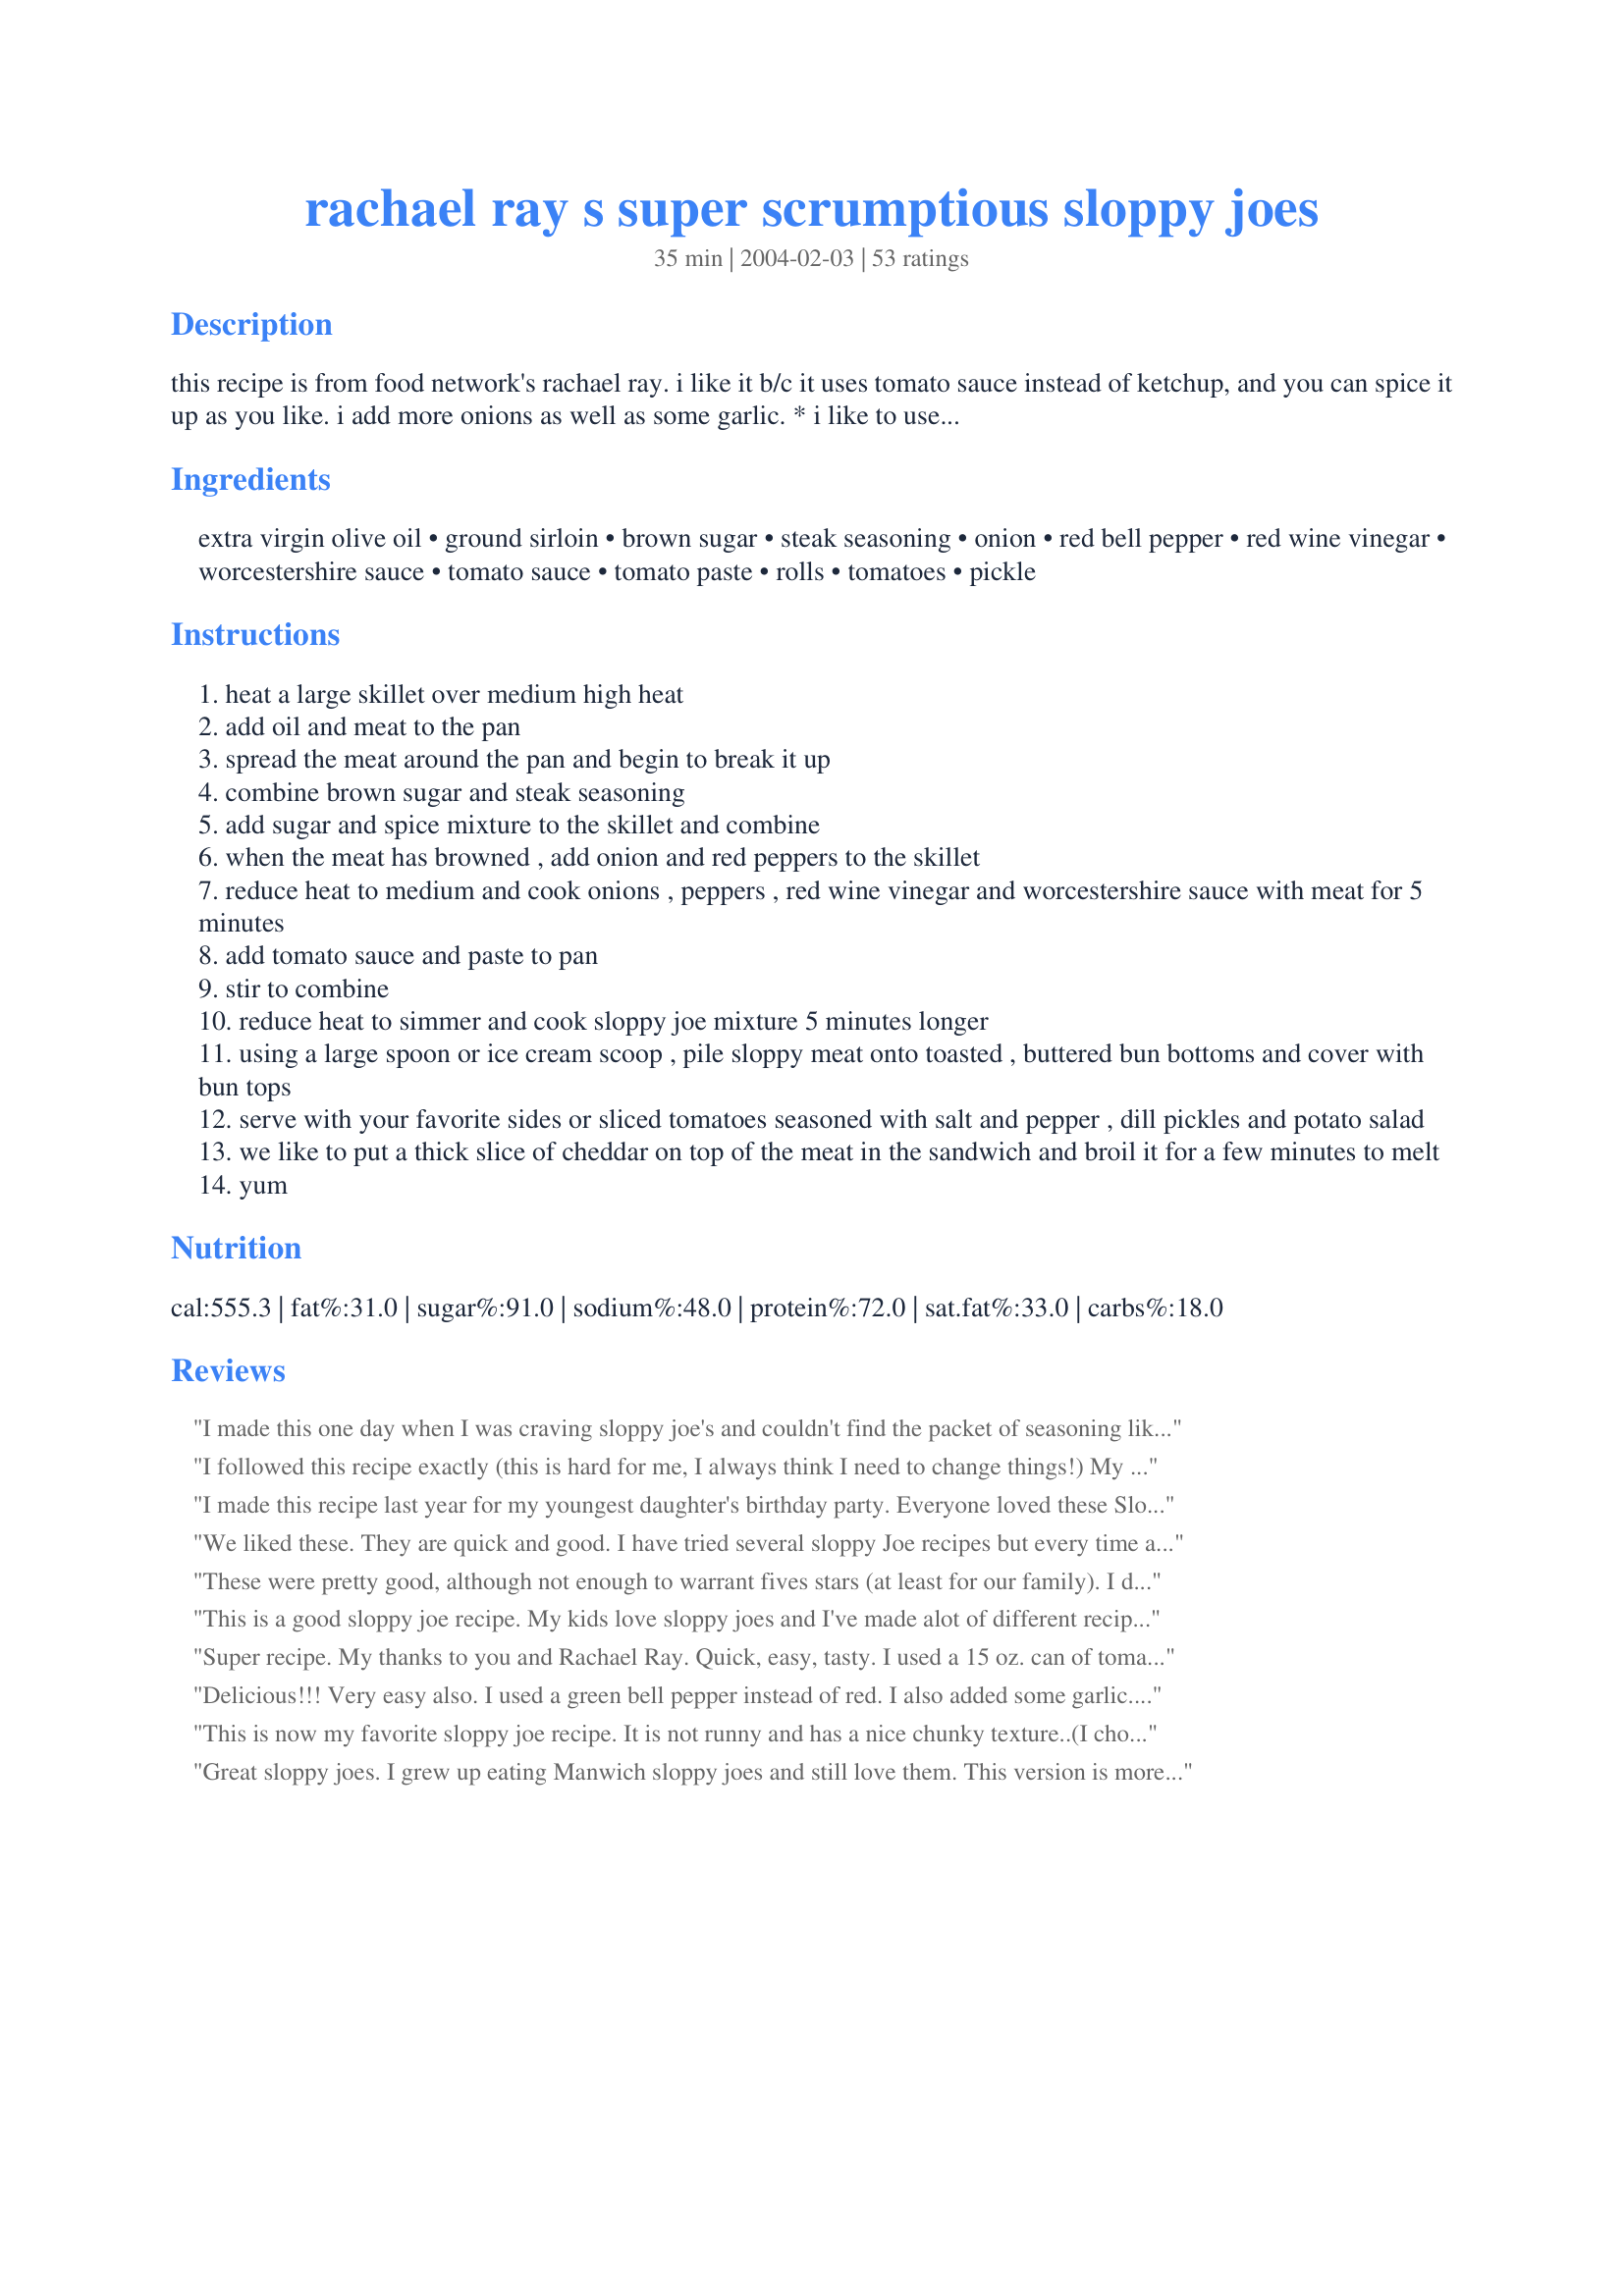
rachael ray s super scrumptious sloppy joes
Preparation time: 35 minutes

this recipe is from food network's rachael ray. i like it b/c it uses tomato sauce instead of ketchup, and you can spice it up as you like. i add more onions as well as some garlic. * i like to use a little less brown sugar, as we like ours spicier rather than sweet.

Ingredients:
extra virgin olive oil, ground sirloin, brown sugar, steak seasoning, onion, red bell pepper, red wine vinegar, worcestershire sauce, tomato sauce, tomato paste, rolls, tomatoes, pickle

Steps:
heat a large skillet over medium high heat
add oil and meat to the pan
spread the meat around the pan and begin to break it up
combine brown sugar and steak seasoning
add sugar and spice mixture to the skillet and combine
when the meat has browned , add onion and red peppers to the skillet
reduce heat to medium and cook onions , peppers , red wine vinegar and worcestershire sauce with meat for 5 minutes
add tomato sauce and paste to pan
stir to combine
reduce heat to simmer and cook sloppy joe mixture 5 minutes longer
using a large spoon or ice cream scoop , pile sloppy meat onto toasted , buttered bun bottoms and cover with bun tops
serve with your favorite sides or sliced tomatoes seasoned with salt and pepper , dill pickles and potato salad
we like to put a thick slice of cheddar on top of the meat in the sandwich and broil it for a few minutes to melt
yum

Reviews:
I made this one day when I was craving sloppy joe's and couldn't find the packet of seasoning like my mother used to use. <br/>We loved this so much, I'll never use the packet again!
I followed this recipe exactly (this is hard for me, I always think I need to change things!) My husband & I both really liked this & my daughter had the leftovers when she showed up for a visit. She asked for the recipe so she liked it too. I am not a big sloppy joes fan, but this was great!
I made this recipe last year for my youngest daughter's birthday party. Everyone loved these Sloppy Joes! Many said they were the best they've ever had! I'm glad this was posted, so I can now add it to my cookbook. I'd almost forgotten about it. Great recipe!!
We liked these. They are quick and good. I have tried several sloppy Joe recipes but every time at least one in our family didn't like something-but this recipe pleased everyone. No one was rolling on the floor because they just couldn't believe the goodness but everyone found them good enough to qualify as my go to sloppy joe.
These were pretty good, although not enough to warrant fives stars (at least for our family). I don't ever remember my mom's (or any other recipe) sloppy joes being sweet. I thought the this recipe was a bit different with the brown sugar and wanted to try it. We thought they were TOO sweet and I even used about a 1.30 lbs. of ground beef instead of the 1 lb. so it would have been even sweeter. I had a jar of the McCormick steak seasoning, although it wasn't Montreal. I had never even opened it (don't remember why I bought it!). I didn't really have a clue as to what the ingredients were in it either...didn't know there was hot peper in it! We like hot pepper in certain things, but not in sloppy joes! It was *okay*, but I probably wouldn't add it next time. I think with a little tweaking, I might make these again.
This is a good sloppy joe recipe. My kids love sloppy joes and I've made alot of different recipes and this one rates right up there with the best. I made this in the camper on vacation and they were very easy to put together, which is a plus in my books. Thank you for posting.
Super recipe. My thanks to you and Rachael Ray. Quick, easy, tasty. I used a 15 oz. can of tomato sauce; it worked fine. I've been looking for a no-ketchup recipe for sloppy joes for a long time. This is it!
Delicious!!! Very easy also. I used a green bell pepper instead of red. I also added some garlic. This will be a keeper for me!
This is now my favorite sloppy joe recipe. It is not runny and has a nice chunky texture..(I chopped the red pepper and onion in a medium dice). Sloppy joes should be slightly sweet in my opinion & this fills the bill. I put some grated cheddar on top and place under the broiler for a bit. I used Famous Daves Steak & Fajita seasoning. Terrific!!!







Great sloppy joes. I grew up eating Manwich sloppy joes and still love them. This version is more adult with a nice chunky texture. I used the full amount of brown sugar and the sweetness was just right for my taste. I also threw in a couple of garlic cloves when the meat was browning. This comes together very easily and can be done on a busy week night. Thanks, newspapergal, for posting a great recipe.
This is one of the best sloppy joes I made. DH really liked this one. :) We had it with monterey jack cheese, mustard, relish, hot peppers in a jar. Really good. Thanks newspapergal :) Made for I Recommend tag game
Very good and very easy evening meal.
I am going to give this four stars because I think it is very good, but not outstanding. I would make it again. I did add extra brown sugar and winged the spices since I didn't have a steak mix. I don't think you need the olive oil unless you have incredibly lean meat. I am NOT a big sloppy joe person at all, but I did like this in small amounts. My hubster loved it, so it must be good.
This was very good! I didn't have tomato sauce so I used pureed tomatoes instead. I cut down on the sugar and we thought it was a great balance of sweet and spicy. I toasted French bread and served them open faced. What an easy, delicious meal!
I like my sloppy joes to be alittle sweeter so I added quite a bit of BBQ sauce.
Fantastic recipe!! I've made this vegetarian with veggie &quot;beef&quot; crumbles and even the meat eaters loved it!!
This recipe was really good! Very quick and had great flavor! We toasted hamburger rolls and served open face sandwiches...next time might try adding some cheese! But these were very good!
this is the ONLY way my family will eat sloppy joes. much better then that canned stuff
Very good! I used a leaner ground turkey and it still tastes great. I added a bit more of the steak seasoning, but that might be a personal preference.
I have this in a 30 minute meal cookbook from RR and it replaced the way I used to make sloppy joes. Super tasty and a big hit with my family!
Fabulous!!! I can't cook and this came out GREAT!! My husband thought it was a little too sweet (thats why its 4stars instead of 5). I definately will make again. Maybe add a little less b.sugar.
I love this recipe with a few changes...I had used this before out of the Rachel Ray coookbook and I made the following changes:
Left out bell pepper, used the whole can of tomato paste, 1 can of tomato sauce and 1 cup of water, use 3 T vinegar, onion powder, garlic powder, chili powder, salt, pepper, smokey paprika, and cumin to taste. And finally I used about 2 1/2 lbs of ground beef. Makes wonderful leftovers!!
Great recipe. definitely a keeper.
This was a pretty excellent recipe! You're right, the sugar content would have been too much if it were higher than 1/4 cup. I would reduce it to a little lower than that, even.

I added juice of half a lemon while the beef was cooking to cut down on the beefy smell in the kitchen -- a trick I use with fish, as well. You can't really taste it in the final product, but I reduced the amount of red wine vinegar to account for the acidity of the lemons.

Even with stale buns, this was very good, and as a plus, I had everything in my pantry.

I didn't have steak seasoning, but I used Jane's Krazy Mixed-Up Salt, and a dash of cayenne pepper and thyme to give it a kick.
Mmm-mmm, very good! Spicier than other sloppy joe recipes I've tried--I did add about 3 tsp. of the Montreal Steak Seasoning. I will definitely make these again. Thanks!
These are fantastic sloppy joes! They are sweet, but that's just how we like them. Except for using ground turkey instead of beef, I followed the recipe exactly (including using McCormick brand spicy steak seasoning). It was a little more runny than we like so I let it simmer for about 45 minutes and it thickened up just right. 

This was a really easy recipe to prepare and the taste was very good. I will make it again for sure. Thanks for the recipe.
I made this recipe which was posted in response to my "what should I make with 1 lb. of ground beef" thread in RR and I picked a winner! I browned the burger with the veggies and then drained the grease and added the sugar, spices and some garlic. We loved the flavor and it was super simple to make. Thanks for posting a keeper!
AWESOME RECIPE!!! I made this for my boyfriend and his buddies on a camping trip and they ate it all before I could eat some (good thing I tasted it in the pot before I went :) They loved the red peppers in it! Thank you for a great cooking success!
"Super Scrumptious" is right! I made these today and it turned out great. I forgot to get the brown sugar at the supermarkey, so rather than using white sugar, I used cane syrup for the molasses flavor. It made it a little runny but otherwise it was delicious. I will definitely make it again.
I made this and everyone one love it they couldn't believe that I made it home made and not out of a can
Definately one of the best recipes for Sloppy Joes yet, according to my DS! I reduced the brown sugar to about 2 tablespoons and added in fresh garlic and a small chopped onion to the ground beef mixture. Glad I picked this recipe to make, it's wonderful! thanks NDP...Kittencal:)
Really good! This will be my new sloppy joe recipe. I too added less sugar,and more pepper. I also used a green pepper instead of the red because I like them more than red. Really quick and easy to throw together too.
Thanks!
Hubby asked that I leave this feedback - &quot;keep this in your &quot;go to&quot; for sloppy joes! Best I&#039;ve ever had&quot;. I served on onion rolls with a slice of mild cheddar on top...didn&#039;t toast them (too big for toaster) but did butter the bottom (which caused a raised eye brow on hubby but he understood when I told him &quot;that&#039;s what Rachel says to do&quot; :) He enjoyed them so much that it&#039;s to stay out for a little while so he can have another in an hour or so. TY RR!
This was by far THE best!!! I used garlic red wine vinegar and we loved it! I have made it several times and we love it more each time. Thanks so much!!!
Very tasty! Reminded my of when I was young! Of coarse I had to had a ton of chili flakes, hot sauce and garlic to mine though!
This is my favorite sloppy joe recipe. I make it as directed, with the exception of replacing the ground sirloin with ground turkey breast. Great stuff.
Well this is my now go to Sloppy Joe recipe. SO much better then from a package. The last few "from scratch" sloppy Joe Recipes I tried were way too sweet. This was just perfect. I made no adjustments beyond using green instead of red peppers.
Yummy stuff! Made for dinner on 12/9 and then left in the crockpot on "warm" when we went out for some errands. Came home and enjoyed this mixture on some yummy sesame rolls. The sweetness was a hit here, and I enjoyed some crunchy dill pickles on the side.
add another 5 to the ratings. This is definitely a grown ups sloppy joes. I followed the recipe except for using 1 1/2 pounds of meat and I added about 1/2t. chopped garlic to the blend. I enjoyed the unique technique of browning the meat with the brown sugar and seasoning blend. I did simmer it for about 30 minutes after all the ingredients were added as DH was late getting home, but even with the additional simmer time and meat it was still nice and saucy. We got 5 sandwiches with enough leftover to make at least 4 more. It isn't the sloppy joe I grew up with, but it sure is a lovely change! A definite repeat at our home.
This was as simple to make as sloppy joes from a mix and yet tastes far better. I don't think I will ever make it any other way after trying this recipe. It was great!
Made this for my clients this week and almost ate the entire thing myself.
Love it love it love it! This is so good, you won't believe it! I love the different spices that come together in your mouth!
I have been making this version of Rachael Ray's sloppy joes for about a year, so I thought I'd add my review. This is my family's absolute favorite and I won't be making it any other way again! We loveeeeeeeee the flavor and the consistency is perfect. I have used Splenda brown sugar before and it still turned out great. The only other substitution I make is: I swap out the red pepper and replace it with chopped celery - just my family's preference. 
We LOVE this recipe! Thanks for posting. :-)
I thought I would love these, but I thought it tasted more like Italian meat sauce. I like mine sweeter, but about half of this went at my step-son's birthday party. I added more brown sugar and some catsup the next day and liked them better. Thanks
You should have heard the debate around the table about these sloppy joes! Everyone ate them, everyone liked them, but some felt they were slightly too sweet, other felt they were slightly too hot (the pepper from the 2t of steak seasoning). I used only 1lb. of ground sirloin & just one can of tomato sauce & the entire can of tomato paste w/a little water (so as not to waste any open cans).
This is the best sloppy joe recipe! The ingredients are perfect and go together so well! Thanks for posting it.
I made this exactly as the recipe stated. Very good. I wouldn&#039;t change anything.
Yummy recipe-thanks for posting!
I omitted the red pepper, but added some red pepper flakes with the steak seasoning for a bit more kick. In the future, I would reduce the amount of brown sugar just a bit, as it was a little sweet for our tastes. I served this on toasted buns with pickles and a side of Easiest Veggie Salad (recipe 88312) for a quick weeknight dinner.
Perfect recipe.
I add extra seasoning.
A keeper in my house.
Very good! I made exactly as directed (except a green pepper instead of red) and it was wonderful. Will never turn to the can again. Thank you for sharing.
These were good. They were a little plain or bland at first.. so I pulled out a different crock pot sloppy joe recipe I had and added dry mustard, garlic powder, chili powder and some other stuff.. after spicing them up they were every good!
